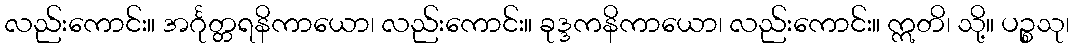
လည်းကောင်း။ အင်္ဂုတ္တရနိကာယော၊ လည်းကောင်း။ ခုဒ္ဒကနိကာယော၊ လည်းကောင်း။ ဣတိ၊ သို့။ ပဉ္စသု၊